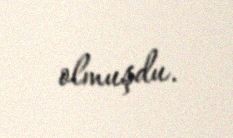
olmuşdu.